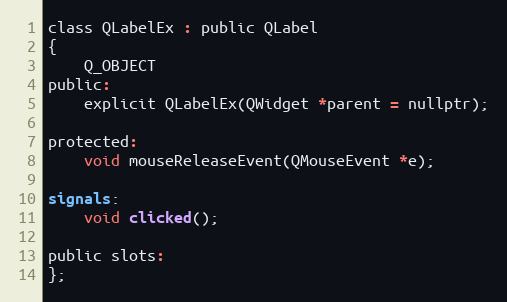
Language: C
class QLabelEx : public QLabel
{
    Q_OBJECT
public:
    explicit QLabelEx(QWidget *parent = nullptr);

protected:
    void mouseReleaseEvent(QMouseEvent *e);

signals:
    void clicked();

public slots:
};